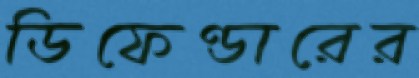
ডিফেণ্ডারের